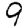
Digit: 9